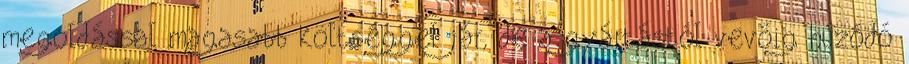
megoldással magasabb költséggel jár, de a gyártástól vevőig húzódó